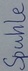
Text: Spule